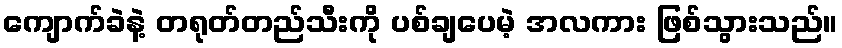
ကျောက်ခဲနဲ့ တရုတ်တည်သီးကို ပစ်ချပေမဲ့ အလကား ဖြစ်သွားသည်။